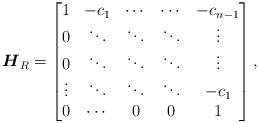
LaTeX: \begin{gather*} \boldsymbol{H}_R=\left[\begin{matrix}1&-c_1&\cdots&\cdots&-c_{n-1}\\0&\ddots&\ddots&\ddots& \vdots\\0&\ddots&\ddots&\ddots&\vdots \\\vdots&\ddots&\ddots&\ddots&-c_1 \\0&\cdots&0&0&1 \\\end{matrix} \right] ,\end{gather*}